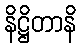
နိဋ္ဌိတာနိ